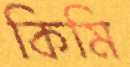
কিমি